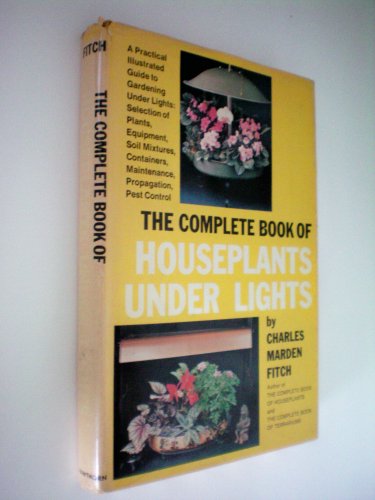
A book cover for The Complete Book of Houseplants Under Light -- A Practical Illustrated Guide to Gardening Under Lights: Selection of Plants, Equipment, Soil Mixtures, Containers, Maintenance, Propagation, Pest Control; Charles Marden Fitch; Crafts, Hobbies & Home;